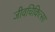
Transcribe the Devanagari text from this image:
जीवचिकित्सा